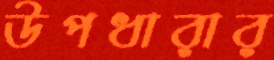
উপধারার